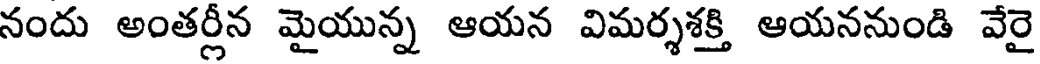
నందు అంతర్లీన మైయున్న ఆయన విమర్శశక్తి ఆయననుండి వేరై